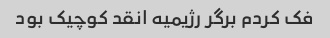
فک کردم برگر رژیمیه انقد کوچیک بود